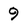
Character: 9